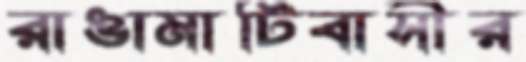
রাঙামাটিবাসীর